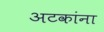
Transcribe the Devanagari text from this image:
अटकांना